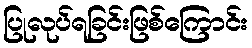
ပြုလုပ်ရခြင်းဖြစ်ကြောင်း